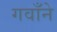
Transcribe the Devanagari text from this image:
गवाँने